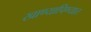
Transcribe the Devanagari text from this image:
खाण्यापिण्यात